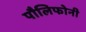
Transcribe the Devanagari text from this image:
पौलिफोनी